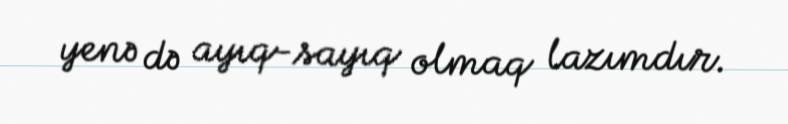
yenə də ayıq-sayıq olmaq lazımdır.